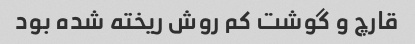
قارچ و گوشت کم روش ریخته شده بود